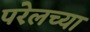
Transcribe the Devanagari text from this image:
परेलच्या